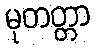
မုတတ္တာ